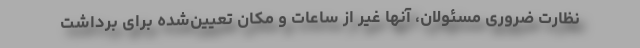
نظارت ضروری مسئولان، آنها غیر از ساعات و مکان تعیین‌شده برای برداشت